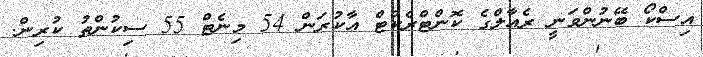
އިސްކޯ ބޭނުންވަނީ ރެއާލްގެ ކޮންޓްރެކްޓް އާކުރަން 54 މިނެޓް 55 ސިކުންތު ކުރިން.